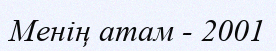
Менің атам - 2001